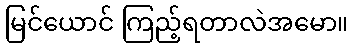
မြင်ယောင် ကြည့်ရတာလဲအမော။